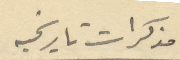
مذكرات تاريخيه